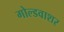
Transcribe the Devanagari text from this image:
गोल्डवाशर